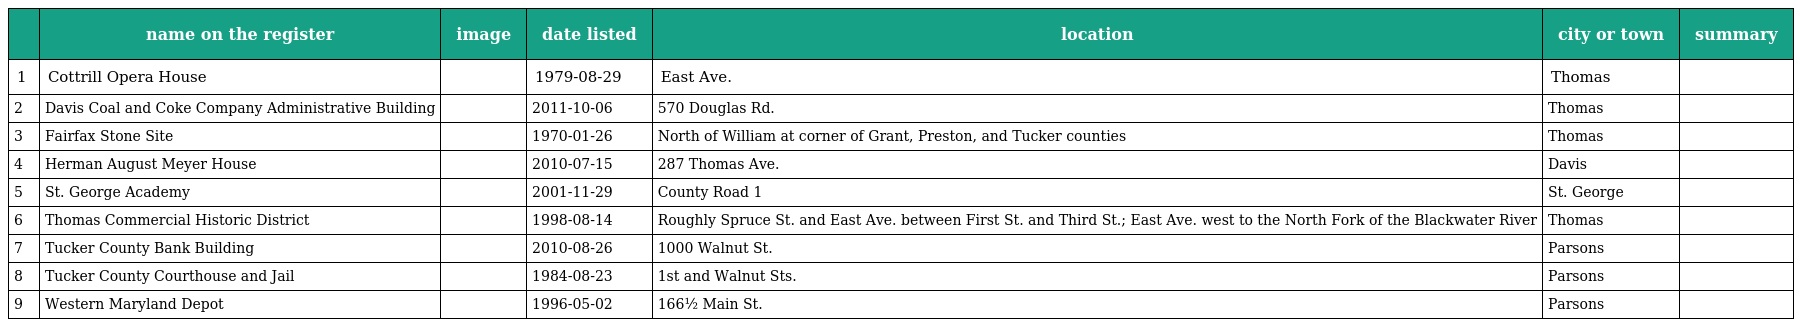
|  | name on the register | image | date listed | location | city or town | summary |
 | --- | --- | --- | --- | --- | --- | --- |
 | 1 | Cottrill Opera House |  | 1979-08-29 | East Ave. | Thomas |  |
 | 2 | Davis Coal and Coke Company Administrative Building |  | 2011-10-06 | 570 Douglas Rd. | Thomas |  |
 | 3 | Fairfax Stone Site |  | 1970-01-26 | North of William at corner of Grant, Preston, and Tucker counties | Thomas |  |
 | 4 | Herman August Meyer House |  | 2010-07-15 | 287 Thomas Ave. | Davis |  |
 | 5 | St. George Academy |  | 2001-11-29 | County Road 1 | St. George |  |
 | 6 | Thomas Commercial Historic District |  | 1998-08-14 | Roughly Spruce St. and East Ave. between First St. and Third St.; East Ave. west to the North Fork of the Blackwater River | Thomas |  |
 | 7 | Tucker County Bank Building |  | 2010-08-26 | 1000 Walnut St. | Parsons |  |
 | 8 | Tucker County Courthouse and Jail |  | 1984-08-23 | 1st and Walnut Sts. | Parsons |  |
 | 9 | Western Maryland Depot |  | 1996-05-02 | 166½ Main St. | Parsons |  |